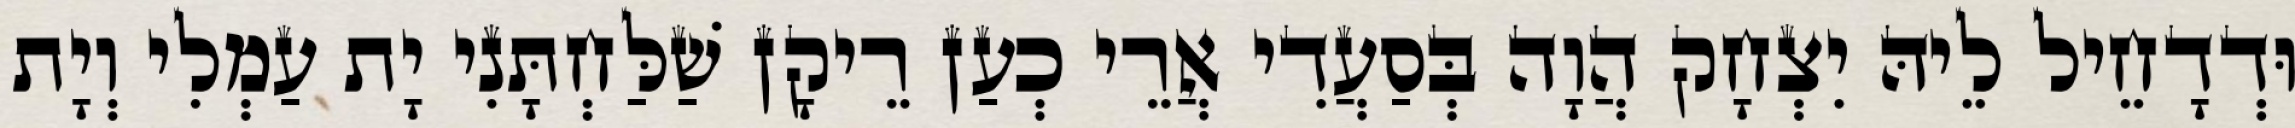
וּדְדָחֵיל לֵיהּ יִצְחָק הֲוָה בְּסַעֲדִי אֲרֵי כְעַן רֵיקָן שַׁלַּחְתָּנִי יָת עַמְלִי וְיָת